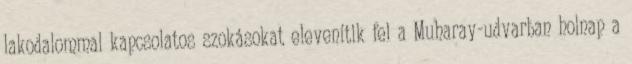
lakodalommal kapcsolatos szokásokat elevenítik fel a Muharay-udvarban holnap a